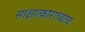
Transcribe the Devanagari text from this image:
साक्षात्काराच्याच